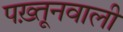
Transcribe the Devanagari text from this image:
पख़्तूनवाली